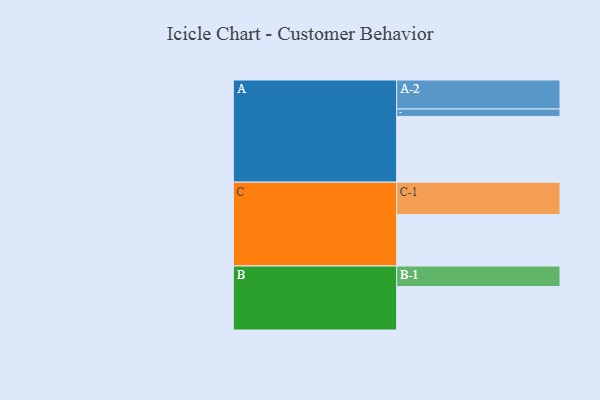
{"axis": {"x": "Segment", "y": "Value"}, "legend": ["", "A", "B", "C"], "data": [{"x": "A", "y": 560, "type": ""}, {"x": "B", "y": 370, "type": ""}, {"x": "C", "y": 438, "type": ""}, {"x": "A-1", "y": 63, "type": "A"}, {"x": "A-2", "y": 247, "type": "A"}, {"x": "B-1", "y": 175, "type": "B"}, {"x": "C-1", "y": 276, "type": "C"}]}